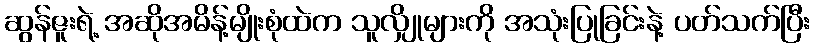
ဆွန်ဇူးရဲ့ အဆိုအမိန့်မျိုးစုံထဲက သူလျှိုများကို အသုံးပြုခြင်းနဲ့ ပတ်သက်ပြီး